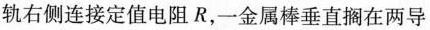
轨右侧连接定值电阻R，一金属棒垂直搁在两导